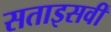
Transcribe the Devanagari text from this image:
सताइसवीं